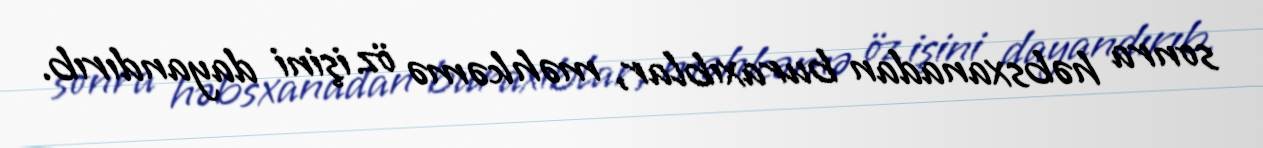
sonra həbsxanadan buraxıblar, məhkəmə öz işini dayandırıb.